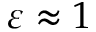
\varepsilon \approx 1